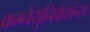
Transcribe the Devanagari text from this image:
कम्नेयुनिकेशंन्स